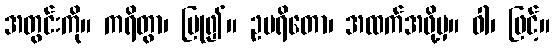
အတွင်းကို။ ကရိတွာ၊ ပြု၍။ ဥပရိတော၊ အထက်အဖို့မှ။ ဝါ၊ ဖြင့်။